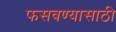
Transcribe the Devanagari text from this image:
फसवण्यासाठी